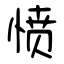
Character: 愤